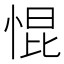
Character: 惃